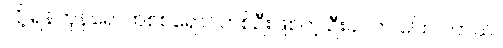
လို့ ရန်ကုန်ရောက်စစ်ရှောင်တစ်ဦးဖြစ်တဲ့ ဦးခင်က ပြောပါတယ်။